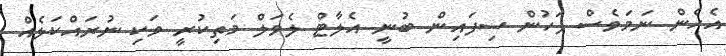
އެހެން ނަމަވެސް ފަހުން ސިފައިން ބުނީ އެލާޓް ލެވަލް މަތިކުރީ ވަކި ނުރައްކަލެއް